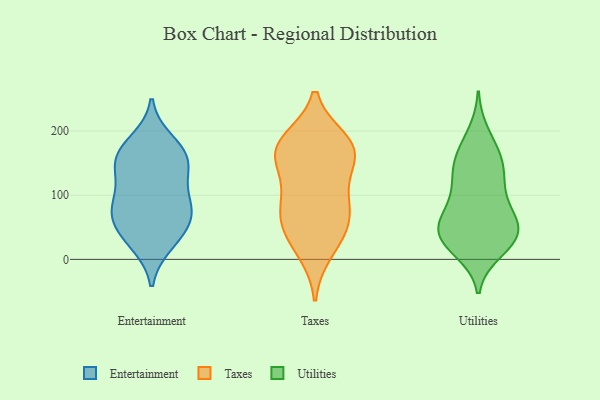
{"axis": {"x": "Active Users", "y": "Value"}, "legend": ["Entertainment", "Taxes", "Utilities"], "data": [{"x": "", "y": 143, "type": "Entertainment"}, {"x": "", "y": 73, "type": "Entertainment"}, {"x": "", "y": 62, "type": "Entertainment"}, {"x": "", "y": 23, "type": "Entertainment"}, {"x": "", "y": 126, "type": "Entertainment"}, {"x": "", "y": 149, "type": "Entertainment"}, {"x": "", "y": 168, "type": "Entertainment"}, {"x": "", "y": 155, "type": "Entertainment"}, {"x": "", "y": 28, "type": "Entertainment"}, {"x": "", "y": 185, "type": "Entertainment"}, {"x": "", "y": 84, "type": "Entertainment"}, {"x": "", "y": 84, "type": "Entertainment"}, {"x": "", "y": 169, "type": "Entertainment"}, {"x": "", "y": 103, "type": "Entertainment"}, {"x": "", "y": 66, "type": "Entertainment"}, {"x": "", "y": 45, "type": "Entertainment"}, {"x": "", "y": 165, "type": "Taxes"}, {"x": "", "y": 184, "type": "Taxes"}, {"x": "", "y": 97, "type": "Taxes"}, {"x": "", "y": 157, "type": "Taxes"}, {"x": "", "y": 67, "type": "Taxes"}, {"x": "", "y": 177, "type": "Taxes"}, {"x": "", "y": 164, "type": "Taxes"}, {"x": "", "y": 34, "type": "Taxes"}, {"x": "", "y": 174, "type": "Taxes"}, {"x": "", "y": 105, "type": "Taxes"}, {"x": "", "y": 13, "type": "Taxes"}, {"x": "", "y": 70, "type": "Taxes"}, {"x": "", "y": 54, "type": "Taxes"}, {"x": "", "y": 112, "type": "Utilities"}, {"x": "", "y": 23, "type": "Utilities"}, {"x": "", "y": 48, "type": "Utilities"}, {"x": "", "y": 101, "type": "Utilities"}, {"x": "", "y": 70, "type": "Utilities"}, {"x": "", "y": 29, "type": "Utilities"}, {"x": "", "y": 31, "type": "Utilities"}, {"x": "", "y": 66, "type": "Utilities"}, {"x": "", "y": 41, "type": "Utilities"}, {"x": "", "y": 14, "type": "Utilities"}, {"x": "", "y": 145, "type": "Utilities"}, {"x": "", "y": 44, "type": "Utilities"}, {"x": "", "y": 42, "type": "Utilities"}, {"x": "", "y": 131, "type": "Utilities"}, {"x": "", "y": 141, "type": "Utilities"}, {"x": "", "y": 170, "type": "Utilities"}, {"x": "", "y": 161, "type": "Utilities"}, {"x": "", "y": 74, "type": "Utilities"}, {"x": "", "y": 195, "type": "Utilities"}]}